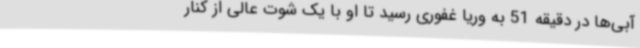
آبی‌ها در دقیقه 51 به وریا غفوری رسید تا او با یک شوت عالی از کنار